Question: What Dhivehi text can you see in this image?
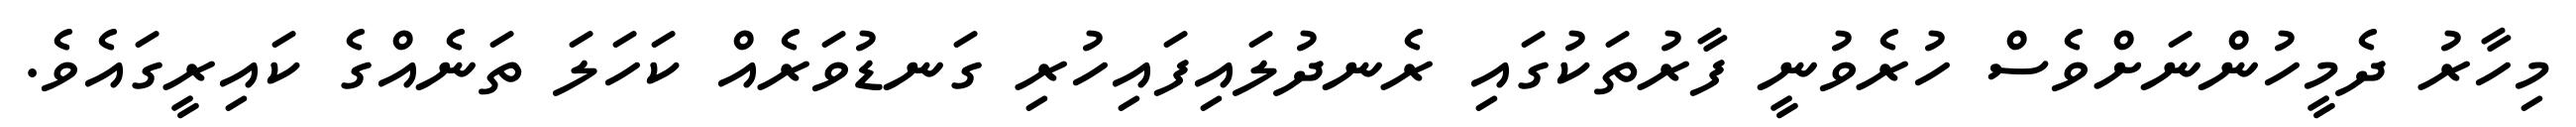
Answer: މިހާރު ދެމީހުންނަށްވެސް ހުރެވުނީ ފާރުތަކުގައި ރެނދުލައިފައިހުރި ގަނޑުވަރެއް ކަހަލަ ތަނެއްގެ ކައިރީގައެވެ.